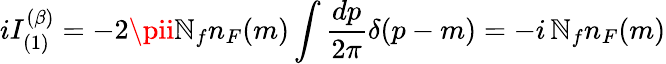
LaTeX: iI_{(1)}^{(\beta)}=-2\pii\mathbb{N}_{f}n_{F}(m)\int{\frac{{dp}}{{2\pi}}}\delta(p-m)=-i\, \mathbb{N}_{f}n_{F}(m)